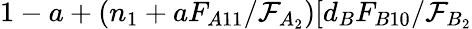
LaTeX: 1-a+(n_{1}+aF_{A11}/\mathcal{F}_{A_{2}})[d_{B}F_{B10}/\mathcal{F}_{B_{2}}